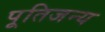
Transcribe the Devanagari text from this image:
पूतिजन्य